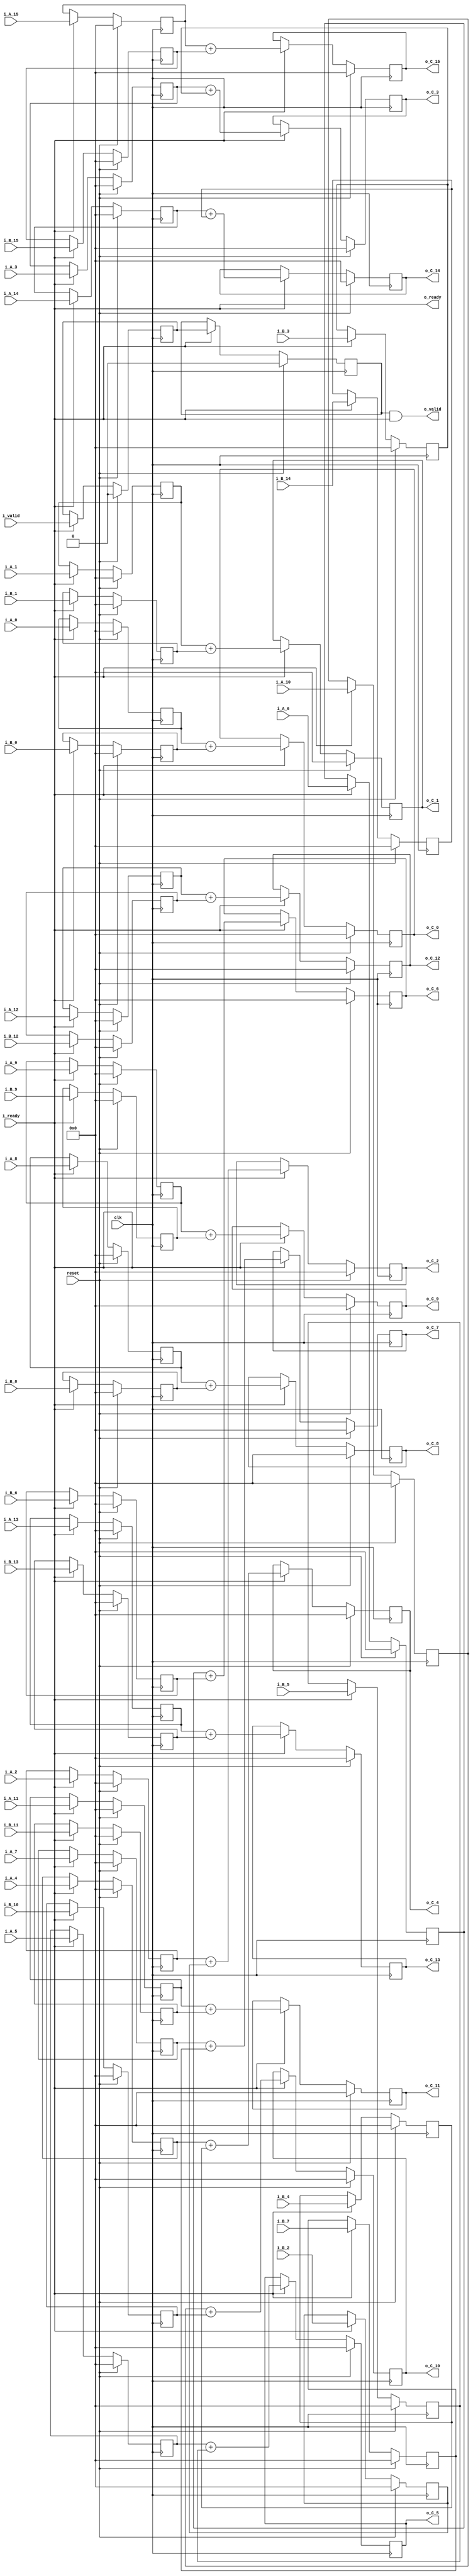
`define SIMULATION_MEMORY

module elementwise_add_core_18_18_16 (
	input clk,
	input reset,
	input i_valid,
	input i_ready,
	input [17:0] i_A_0,
	input [17:0] i_B_0,
	output [17:0] o_C_0,
	input [17:0] i_A_1,
	input [17:0] i_B_1,
	output [17:0] o_C_1,
	input [17:0] i_A_2,
	input [17:0] i_B_2,
	output [17:0] o_C_2,
	input [17:0] i_A_3,
	input [17:0] i_B_3,
	output [17:0] o_C_3,
	input [17:0] i_A_4,
	input [17:0] i_B_4,
	output [17:0] o_C_4,
	input [17:0] i_A_5,
	input [17:0] i_B_5,
	output [17:0] o_C_5,
	input [17:0] i_A_6,
	input [17:0] i_B_6,
	output [17:0] o_C_6,
	input [17:0] i_A_7,
	input [17:0] i_B_7,
	output [17:0] o_C_7,
	input [17:0] i_A_8,
	input [17:0] i_B_8,
	output [17:0] o_C_8,
	input [17:0] i_A_9,
	input [17:0] i_B_9,
	output [17:0] o_C_9,
	input [17:0] i_A_10,
	input [17:0] i_B_10,
	output [17:0] o_C_10,
	input [17:0] i_A_11,
	input [17:0] i_B_11,
	output [17:0] o_C_11,
	input [17:0] i_A_12,
	input [17:0] i_B_12,
	output [17:0] o_C_12,
	input [17:0] i_A_13,
	input [17:0] i_B_13,
	output [17:0] o_C_13,
	input [17:0] i_A_14,
	input [17:0] i_B_14,
	output [17:0] o_C_14,
	input [17:0] i_A_15,
	input [17:0] i_B_15,
	output [17:0] o_C_15,
	output o_valid,
	output o_ready
);

reg [17:0] reg_A_0;
reg [17:0] reg_B_0;
reg [17:0] reg_C_0;
reg [17:0] reg_A_1;
reg [17:0] reg_B_1;
reg [17:0] reg_C_1;
reg [17:0] reg_A_2;
reg [17:0] reg_B_2;
reg [17:0] reg_C_2;
reg [17:0] reg_A_3;
reg [17:0] reg_B_3;
reg [17:0] reg_C_3;
reg [17:0] reg_A_4;
reg [17:0] reg_B_4;
reg [17:0] reg_C_4;
reg [17:0] reg_A_5;
reg [17:0] reg_B_5;
reg [17:0] reg_C_5;
reg [17:0] reg_A_6;
reg [17:0] reg_B_6;
reg [17:0] reg_C_6;
reg [17:0] reg_A_7;
reg [17:0] reg_B_7;
reg [17:0] reg_C_7;
reg [17:0] reg_A_8;
reg [17:0] reg_B_8;
reg [17:0] reg_C_8;
reg [17:0] reg_A_9;
reg [17:0] reg_B_9;
reg [17:0] reg_C_9;
reg [17:0] reg_A_10;
reg [17:0] reg_B_10;
reg [17:0] reg_C_10;
reg [17:0] reg_A_11;
reg [17:0] reg_B_11;
reg [17:0] reg_C_11;
reg [17:0] reg_A_12;
reg [17:0] reg_B_12;
reg [17:0] reg_C_12;
reg [17:0] reg_A_13;
reg [17:0] reg_B_13;
reg [17:0] reg_C_13;
reg [17:0] reg_A_14;
reg [17:0] reg_B_14;
reg [17:0] reg_C_14;
reg [17:0] reg_A_15;
reg [17:0] reg_B_15;
reg [17:0] reg_C_15;

reg valid_A_B, valid_C;
wire enable;
assign enable = i_ready;

always @ (posedge clk) begin
	if (reset) begin
		valid_A_B <= 1'b0;
		valid_C <= 1'b0;
		reg_A_0 <= 0;
		reg_B_0 <= 0;
		reg_C_0 <= 0;
		reg_A_1 <= 0;
		reg_B_1 <= 0;
		reg_C_1 <= 0;
		reg_A_2 <= 0;
		reg_B_2 <= 0;
		reg_C_2 <= 0;
		reg_A_3 <= 0;
		reg_B_3 <= 0;
		reg_C_3 <= 0;
		reg_A_4 <= 0;
		reg_B_4 <= 0;
		reg_C_4 <= 0;
		reg_A_5 <= 0;
		reg_B_5 <= 0;
		reg_C_5 <= 0;
		reg_A_6 <= 0;
		reg_B_6 <= 0;
		reg_C_6 <= 0;
		reg_A_7 <= 0;
		reg_B_7 <= 0;
		reg_C_7 <= 0;
		reg_A_8 <= 0;
		reg_B_8 <= 0;
		reg_C_8 <= 0;
		reg_A_9 <= 0;
		reg_B_9 <= 0;
		reg_C_9 <= 0;
		reg_A_10 <= 0;
		reg_B_10 <= 0;
		reg_C_10 <= 0;
		reg_A_11 <= 0;
		reg_B_11 <= 0;
		reg_C_11 <= 0;
		reg_A_12 <= 0;
		reg_B_12 <= 0;
		reg_C_12 <= 0;
		reg_A_13 <= 0;
		reg_B_13 <= 0;
		reg_C_13 <= 0;
		reg_A_14 <= 0;
		reg_B_14 <= 0;
		reg_C_14 <= 0;
		reg_A_15 <= 0;
		reg_B_15 <= 0;
		reg_C_15 <= 0;
	end else if (enable) begin
		reg_A_0 <= i_A_0;
		reg_B_0 <= i_B_0;
		reg_C_0 <= reg_A_0 + reg_B_0;
		reg_A_1 <= i_A_1;
		reg_B_1 <= i_B_1;
		reg_C_1 <= reg_A_1 + reg_B_1;
		reg_A_2 <= i_A_2;
		reg_B_2 <= i_B_2;
		reg_C_2 <= reg_A_2 + reg_B_2;
		reg_A_3 <= i_A_3;
		reg_B_3 <= i_B_3;
		reg_C_3 <= reg_A_3 + reg_B_3;
		reg_A_4 <= i_A_4;
		reg_B_4 <= i_B_4;
		reg_C_4 <= reg_A_4 + reg_B_4;
		reg_A_5 <= i_A_5;
		reg_B_5 <= i_B_5;
		reg_C_5 <= reg_A_5 + reg_B_5;
		reg_A_6 <= i_A_6;
		reg_B_6 <= i_B_6;
		reg_C_6 <= reg_A_6 + reg_B_6;
		reg_A_7 <= i_A_7;
		reg_B_7 <= i_B_7;
		reg_C_7 <= reg_A_7 + reg_B_7;
		reg_A_8 <= i_A_8;
		reg_B_8 <= i_B_8;
		reg_C_8 <= reg_A_8 + reg_B_8;
		reg_A_9 <= i_A_9;
		reg_B_9 <= i_B_9;
		reg_C_9 <= reg_A_9 + reg_B_9;
		reg_A_10 <= i_A_10;
		reg_B_10 <= i_B_10;
		reg_C_10 <= reg_A_10 + reg_B_10;
		reg_A_11 <= i_A_11;
		reg_B_11 <= i_B_11;
		reg_C_11 <= reg_A_11 + reg_B_11;
		reg_A_12 <= i_A_12;
		reg_B_12 <= i_B_12;
		reg_C_12 <= reg_A_12 + reg_B_12;
		reg_A_13 <= i_A_13;
		reg_B_13 <= i_B_13;
		reg_C_13 <= reg_A_13 + reg_B_13;
		reg_A_14 <= i_A_14;
		reg_B_14 <= i_B_14;
		reg_C_14 <= reg_A_14 + reg_B_14;
		reg_A_15 <= i_A_15;
		reg_B_15 <= i_B_15;
		reg_C_15 <= reg_A_15 + reg_B_15;
		valid_A_B <= i_valid;
		valid_C <= valid_A_B;
	end
end

assign o_C_0 = reg_C_0;
assign o_C_1 = reg_C_1;
assign o_C_2 = reg_C_2;
assign o_C_3 = reg_C_3;
assign o_C_4 = reg_C_4;
assign o_C_5 = reg_C_5;
assign o_C_6 = reg_C_6;
assign o_C_7 = reg_C_7;
assign o_C_8 = reg_C_8;
assign o_C_9 = reg_C_9;
assign o_C_10 = reg_C_10;
assign o_C_11 = reg_C_11;
assign o_C_12 = reg_C_12;
assign o_C_13 = reg_C_13;
assign o_C_14 = reg_C_14;
assign o_C_15 = reg_C_15;
assign o_ready = i_ready;
assign o_valid = valid_C & i_ready;

endmodule